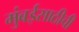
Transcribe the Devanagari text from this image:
मुंबईसाठीची